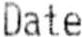
DATE